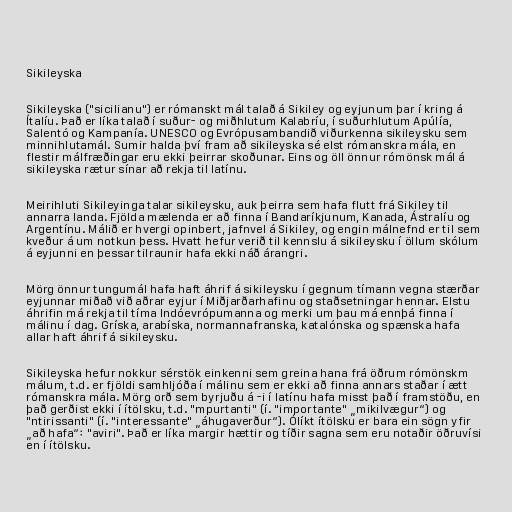
Sikileyska

Sikileyska ("sicilianu") er rómanskt mál talað á Sikiley og eyjunum þar í kring á
Ítalíu. Það er líka talað í suður- og miðhlutum Kalabríu, í suðurhlutum Apúlía,
Salentó og Kampanía. UNESCO og Evrópusambandið viðurkenna sikileysku sem
minnihlutamál. Sumir halda því fram að sikileyska sé elst rómanskra mála, en
flestir málfræðingar eru ekki þeirrar skoðunar. Eins og öll önnur rómönsk mál á
sikileyska rætur sínar að rekja til latínu.

Meirihluti Sikileyinga talar sikileysku, auk þeirra sem hafa flutt frá Sikiley til
annarra landa. Fjölda mælenda er að finna í Bandaríkjunum, Kanada, Ástralíu og
Argentínu. Málið er hvergi opinbert, jafnvel á Sikiley, og engin málnefnd er til sem
kveður á um notkun þess. Hvatt hefur verið til kennslu á sikileysku í öllum skólum
á eyjunni en þessar tilraunir hafa ekki náð árangri.

Mörg önnur tungumál hafa haft áhrif á sikileysku í gegnum tímann vegna stærðar
eyjunnar miðað við aðrar eyjur í Miðjarðarhafinu og staðsetningar hennar. Elstu
áhrifin má rekja til tíma Indóevrópumanna og merki um þau má ennþá finna í
málinu í dag. Gríska, arabíska, normannafranska, katalónska og spænska hafa
allar haft áhrif á sikileysku.

Sikileyska hefur nokkur sérstök einkenni sem greina hana frá öðrum rómönskm
málum, t.d. er fjöldi samhljóða í málinu sem er ekki að finna annars staðar í ætt
rómanskra mála. Mörg orð sem byrjuðu á -i í latínu hafa misst það í framstöðu, en
það gerðist ekki í ítölsku, t.d. "mpurtanti" (í. "importante" „mikilvægur“) og
"ntirissanti" (í. "interessante" „áhugaverður“). Ólíkt ítölsku er bara ein sögn yfir
„að hafa“: "aviri". Það er líka margir hættir og tíðir sagna sem eru notaðir öðruvísi
en í ítölsku.